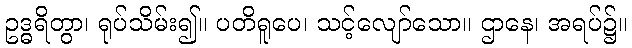
ဥဒ္ဓရိတွာ၊ ရုပ်သိမ်း၍။ ပတိရူပေ၊ သင့်လျော်သော။ ဌာနေ၊ အရပ်၌။